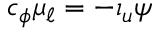
c _ { \phi } \mu _ { \ell } = - \iota _ { u } \psi